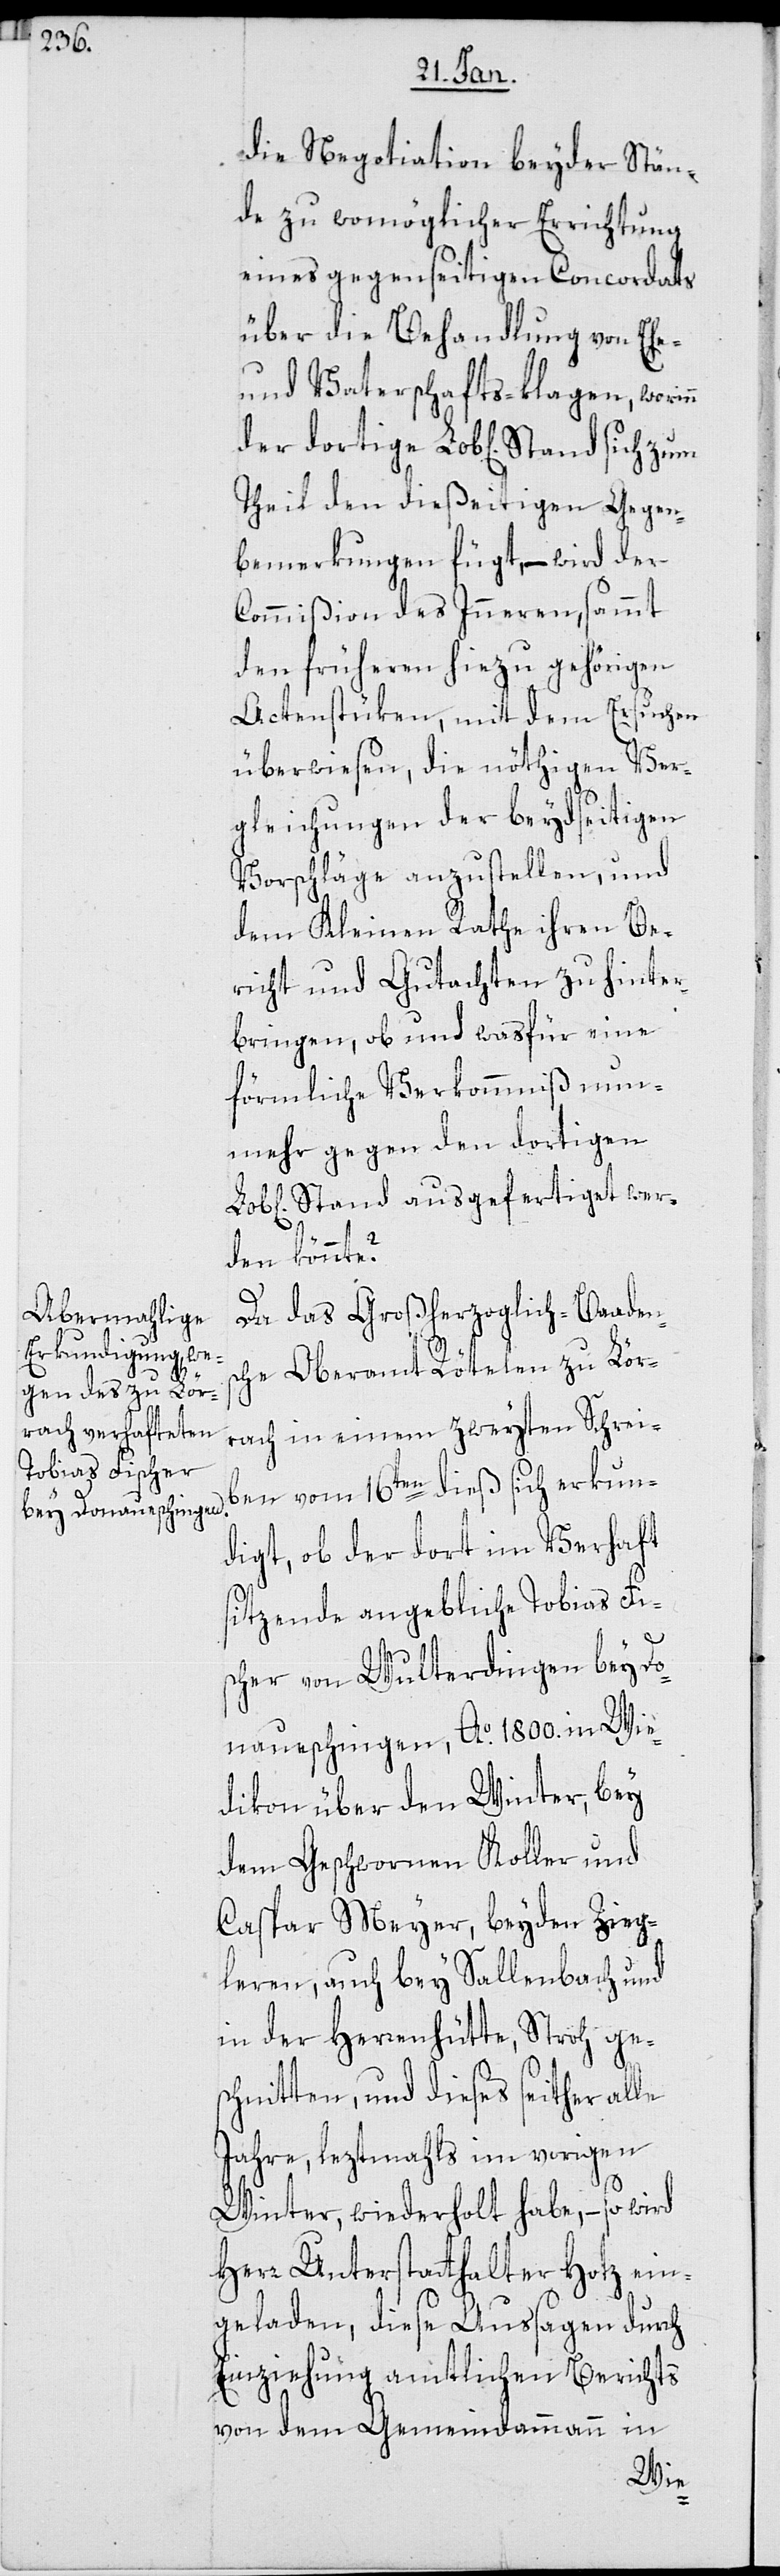
die Negotiation beyder Stän¬
de zu womöglicher Errichtung
eines gegenseitigen Concordats
über die Behandlung von Ehe-
und Vaterschafts-klagen, worin¬
Theil den dießeitigen Gegen¬
bemerkungen fügt, – wird der
Commißion des Inneren sammt
den früheren hiezu gehörigen
Actenstüken, mit dem Ersuchen
überwiesen, die nöthigen Ver¬
gleichungen der beydseitigen
Vorschläge anzustellen, und
dem Kleinen Rathe ihren Be¬
richt und Gutachten zu hinter¬
bringen, ob und was für eine
förmliche Verkommniß nun¬
mehr gegen den dortigen
Stand ausgefertiget wer¬
den könnte?
Da das Großherzoglich-Baadens¬
che Oberamt Rötelen zu Lör¬
rach in einem zweyten Schrei¬
ben vom 16ten dieß sich erkun¬
digt, ob der dort im Verhaft
sitzende angebliche Tobias Fi¬
scher von Wulterdingen bey Do¬
naueschingen, Ao 1800. in Wie¬
dikon über den Winter, bey
dem Geschwornen Koller und
Caspar Meyer, beyden Zieg¬
leren, auch bey Sallenbach und
in der Herrenhütte, Stroh ge¬
schnitten und dieses seither alle
Jahre, leztmahls im vorigen
n
Winter, wiederholt habe, – so wird
Herr Unterstatthalter Hotz ein¬
geladen, diese Aussagen durch
Einziehung amtlichen Berichts
von dem Gemeindammann in